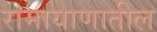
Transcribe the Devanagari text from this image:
रामायाणातील